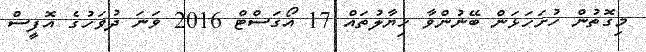
މިގޮތުން ހުށަހަޅަން ބޭނުންވާ ޚިޔާލުތައް 17 އޯގަސްޓް 2016 ވަނަ ދުވަހުގެ އޮފީސް